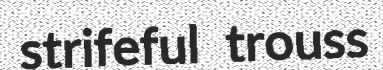
strifeful trouss